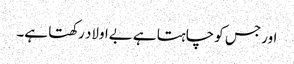
اور جس کو چاہتا ہے بےاولاد رکھتا ہے۔